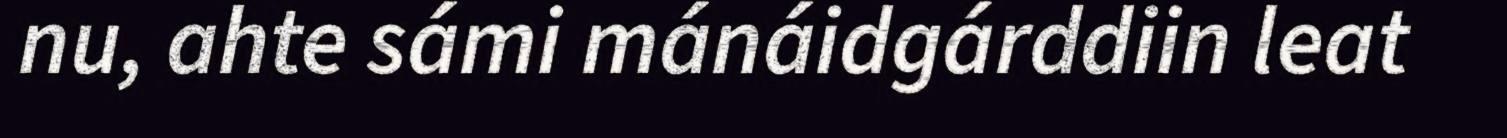
nu, ahte sámi mánáidgárddiin leat